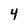
Character: 4